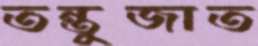
তন্তুজাত